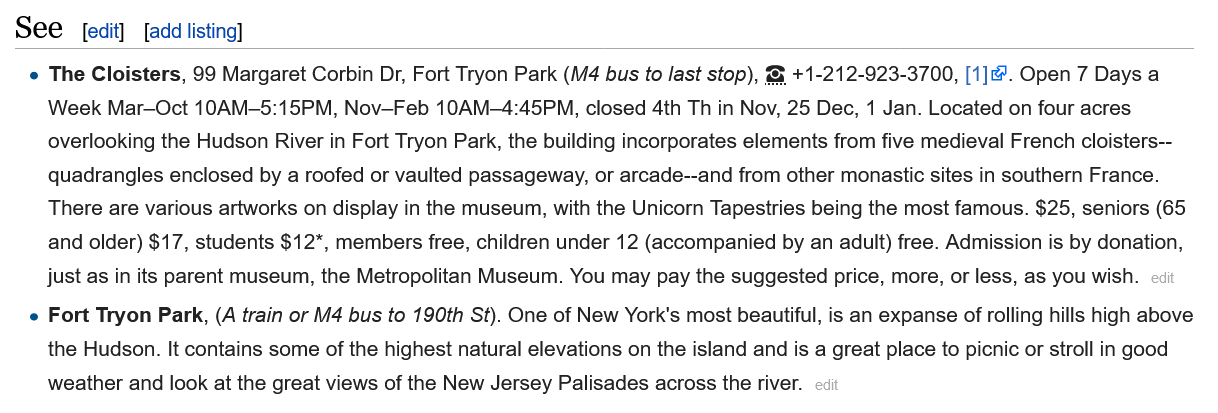
See
     The Cloisters, 99 Margaret Corbin Dr, Fort Tryon Park (M4 bus to last stop), & +1-212-923-3700, [1]. Open 7 Days a
     Week  Mar—Oct 10AM-—5:15PM, Nov-Feb 10AM-—4:45PM, closed 4th Th in Nov, 25 Dec, 1 Jan. Located on four acres
     overlooking the Hudson River in Fort Tryon Park, the building incorporates elements from five medieval French cloisters--
     quadrangles enclosed by a roofed or vaulted passageway, or arcade--and from other monastic sites in southern France.
     There are various artworks on display in the museum, with the Unicorn Tapestries being the most famous. $25, seniors (65
     and older) $17, students $12*, members free, children under 12 (accompanied by an adult) free. Admission is by donation,
     just as in its parent museum, the Metropolitan Museum. You may pay the suggested price, more, or less, as you wish.
    » Fort Tryon Park, (A train or M4 bus to 190th St). One of New York's most beautiful, is an expanse of rolling hills high above
     the Hudson. It contains some of the highest natural elevations on the island and is a great place to picnic or stroll in good
     weather and look at the great views of the New Jersey Palisades across the river.
     [edit] [add listing]